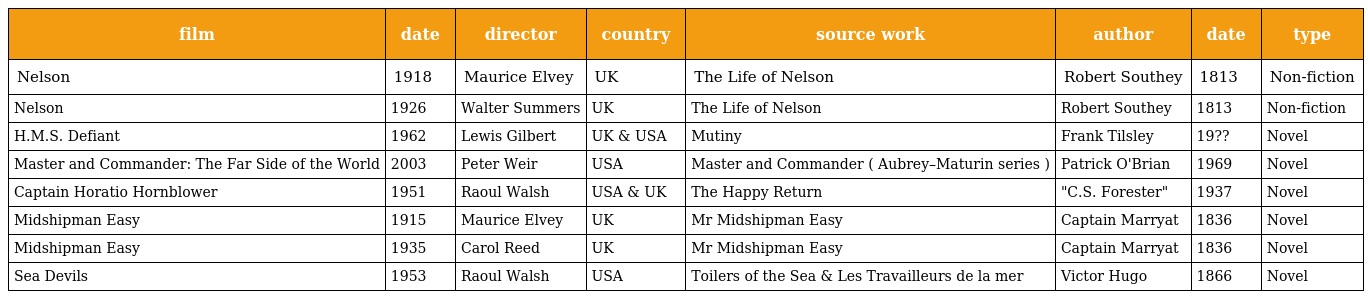
| film | date | director | country | source work | author | date | type |
 | --- | --- | --- | --- | --- | --- | --- | --- |
 | Nelson | 1918 | Maurice Elvey | UK | The Life of Nelson | Robert Southey | 1813 | Non-fiction |
 | Nelson | 1926 | Walter Summers | UK | The Life of Nelson | Robert Southey | 1813 | Non-fiction |
 | H.M.S. Defiant | 1962 | Lewis Gilbert | UK & USA | Mutiny | Frank Tilsley | 19?? | Novel |
 | Master and Commander: The Far Side of the World | 2003 | Peter Weir | USA | Master and Commander ( Aubrey–Maturin series ) | Patrick O'Brian | 1969 | Novel |
 | Captain Horatio Hornblower | 1951 | Raoul Walsh | USA & UK | The Happy Return | "C.S. Forester" | 1937 | Novel |
 | Midshipman Easy | 1915 | Maurice Elvey | UK | Mr Midshipman Easy | Captain Marryat | 1836 | Novel |
 | Midshipman Easy | 1935 | Carol Reed | UK | Mr Midshipman Easy | Captain Marryat | 1836 | Novel |
 | Sea Devils | 1953 | Raoul Walsh | USA | Toilers of the Sea & Les Travailleurs de la mer | Victor Hugo | 1866 | Novel |